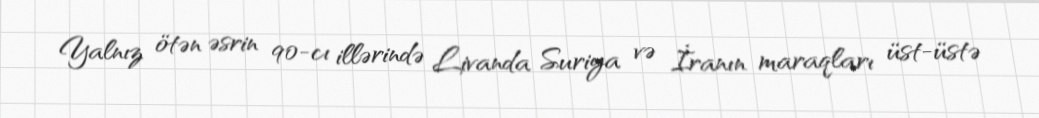
Yalnız ötən əsrin 90-cı illərində Livanda Suriya və İranın maraqları üst-üstə